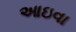
આઇવા